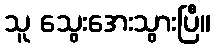
သူ သွေးအေးသွားပြီ။